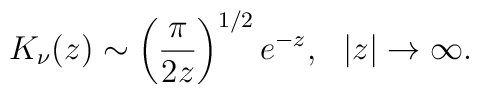
K_{\nu}(z)\sim\left(\frac{\pi}{2 z}\right)^{1/2}e^{-z},~~|z|\to\infty.